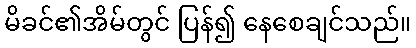
မိခင်၏အိမ်တွင် ပြန်၍ နေစေချင်သည်။